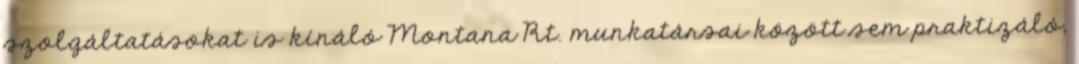
szolgáltatásokat is kínáló Montana Rt. munkatársai között sem praktizáló,